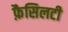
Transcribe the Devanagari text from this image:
फ़ैसिलटी